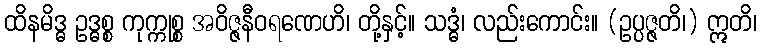
ထိနမိဒ္ဓ ဥဒ္ဓစ္စ ကုက္ကုစ္စ အဝိဇ္ဇနီဝရဏေဟိ၊ တို့နှင့်။ သဒ္ဓံ၊ လည်းကောင်း။ (ဥပ္ပဇ္ဇတိ၊) ဣတိ၊